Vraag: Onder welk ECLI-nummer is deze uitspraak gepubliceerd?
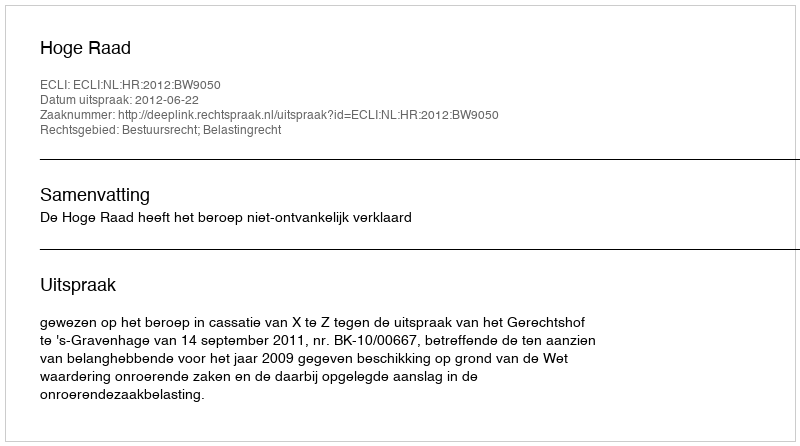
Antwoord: ECLI:NL:HR:2012:BW9050